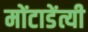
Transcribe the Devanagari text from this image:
मोंटाडेंत्यी